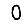
Digit: 0